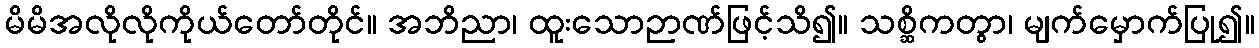
မိမိအလိုလိုကိုယ်တော်တိုင်။ အဘိညာ၊ ထူးသောဉာဏ်ဖြင့်သိ၍။ သစ္ဆိကတွာ၊ မျက်မှောက်ပြု၍။